Indian journal of veterinary science and animal husbandry - Volumes 18-21, 1948-1951
Year: 1948
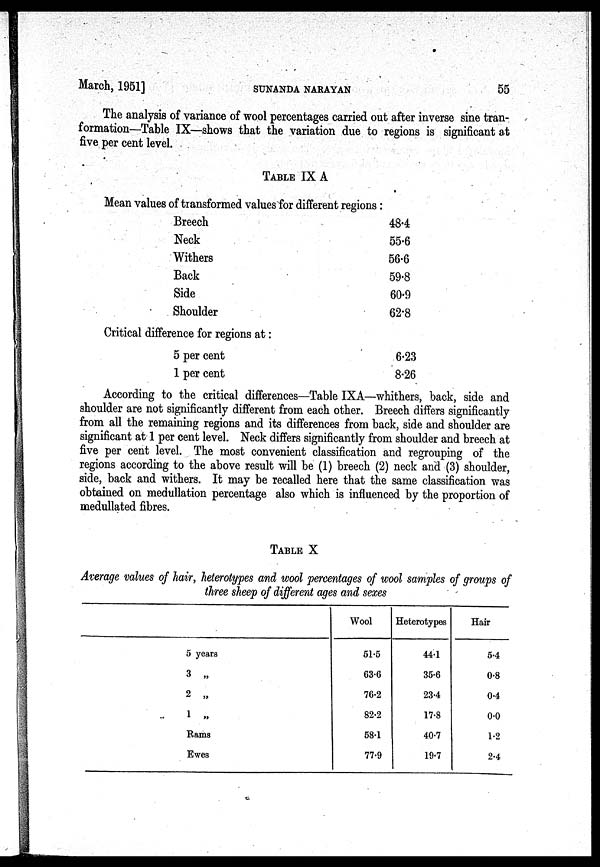
March, 1951]
SUNANDA
NARAYAN
55
The analysis of variance of wool percentages carried out after inverse sine tran-
formation—Table IX—shows that the variation due to regions is significant at
five per cent level.
TABLE IX A
Mean values of transformed values for different regions:
Breech
Neck
Withers
Back
Side
Shoulder
Critical difference for regions at:
5 per cent
1 per cent
48.4
55.6
56.6
59.8
60.9
62.8
6.23
8.26
According to the critical differences—Table IXA—whithers, back, side and
shoulder are not significantly different from each other. Breech differs significantly
from all the remaining regions and its differences from back, side and shoulder are
significant at 1 per cent level. Neck differs significantly from shoulder and breech at
five per cent level. The most convenient classification and regrouping of the
regions according to the above result will be (1) breech (2) neck and (3) shoulder,
side, back and withers. It may be recalled here that the same classification was
obtained on medullation percentage also which is influenced by the proportion of
medullated fibres.
TABLE X
Average values of hair, heterotypes and wool percentages of wool samples of groups of
three sheep of different ages and sexes
5 years
3 „
2 „
1 „
Rams
Ewes
Wool
51.5
63.6
76.2
82.2
58.1
77.9
Heterotypes
44.1
35.6
23.4
17.8
40.7
19.7
Hair
5.4
0.8
0.4
0.0
1.2
2.4